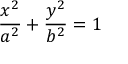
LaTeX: { \frac { x ^ { 2 } } { a ^ { 2 } } } + { \frac { y ^ { 2 } } { b ^ { 2 } } } = 1